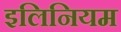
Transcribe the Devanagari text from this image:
इलिनियम